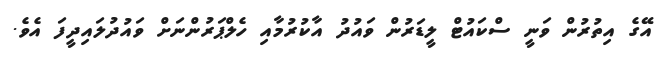
އޭގެ އިތުރުން ވަނީ ސްކައުޓް ލީޑަރުން ވައުދު އާކުރުމާއި ހެލްޕަރުންނަށް ވައުދުލައިދީފަ އެވެ.